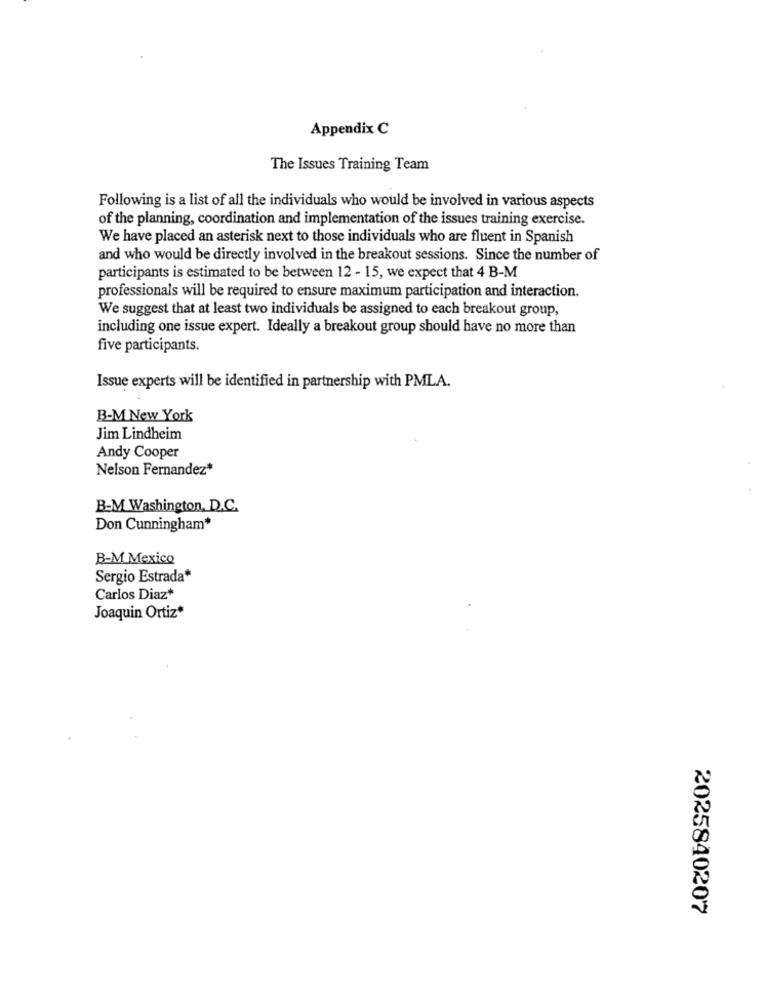
Appendix C
The Issues Training Team
Following is a list of all the individuals who would be involved in various aspects
of the planning, coordination and implementation of the issues training exercise.
We have placed an asterisk next to those individuals who are fluent in Spanish
and who would be directly involved in the breakout sessions. Since the number of
participants is estimated to be between 12 - 15, we expect that 4 B-M
professionals will be required to ensure maximum participation and interaction.
We suggest that at least two individuals be assigned to each breakout group,
including one issue expert. Ideally a breakout group should have no more than
five participants.
Issue experts will be identified in partnership with PMLA.
B-M New York
Jim Lindheim
Andy Cooper
Nelson Fernandez*
B-M Washington, D.C.
Don Cunningham*
B-M Mexico
Sergio Estrada*
Carlos Diaz*
Joaquin Ortiz*
2025840207